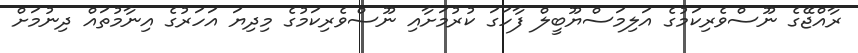
ރާއްޖޭގެ ނޫސްވެރިކަމުގެ އަލިމަސްޔޫބީލް ފާހަގަ ކުރުމަށާއި ނޫސްވެރިކަމުގެ މިދިޔަ އަހަރުގެ އިނާމުތައް ދިނުމަށް